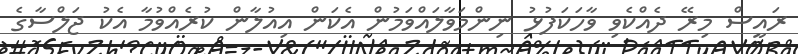
ރައީސް މިރޭ ދެއްކެވި ވާހަކަފުޅު ނިންްމަވާލައްވަމުން އެކަން އިއުލާން ކުރެއްވުމާ އެކު ޖަލްސާގެ